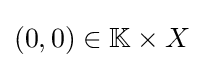
(0,0)\in \mathbb {K} \times X